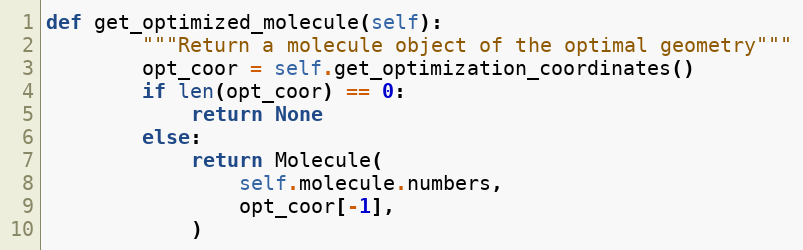
Language: Python
def get_optimized_molecule(self):
        """Return a molecule object of the optimal geometry"""
        opt_coor = self.get_optimization_coordinates()
        if len(opt_coor) == 0:
            return None
        else:
            return Molecule(
                self.molecule.numbers,
                opt_coor[-1],
            )